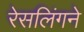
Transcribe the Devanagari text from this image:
रेसलिंगने